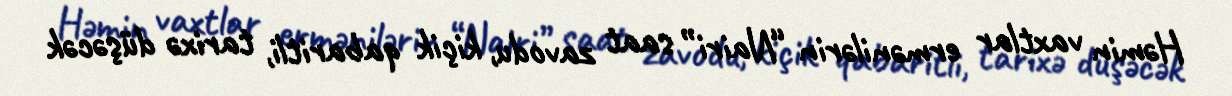
Həmin vaxtlar ermənilərin “Nairi” saat zavodu, kiçik qabaritli, tarixə düşəcək